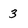
Character: 3